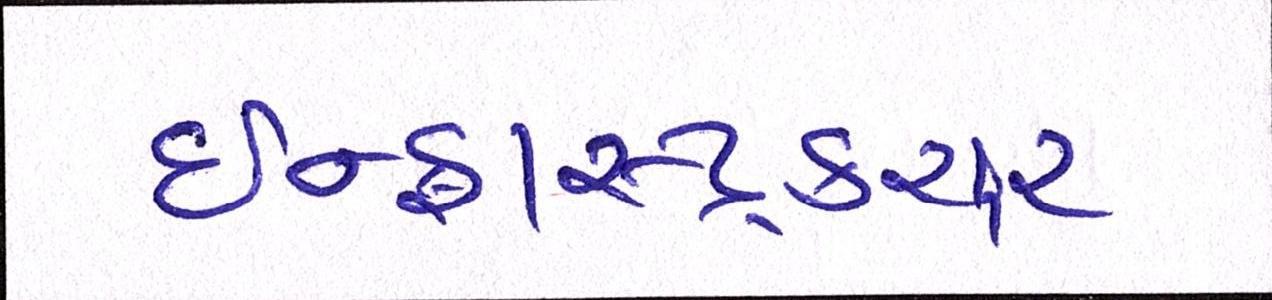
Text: ઇન્ફ્રાસ્ટ્રકચર